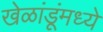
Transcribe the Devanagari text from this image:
खेळांडूंमध्ये